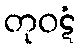
တုဝဋံ